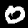
Digit: 0